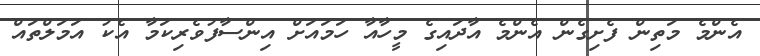
އެންމެ މަތިން ފެށިގެން އެންމެ އާދައިގެ މީހާއާ ހަމައަށް އިންސާފުވެރިކަމާ އެކު އަމަލްތައް